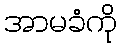
အာမခံကို